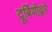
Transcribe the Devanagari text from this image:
दूर्बिणीद्वारे